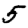
Digit: 5